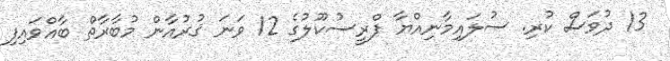
13 ދުވަސް ކުރި. ސުލައިމާނިއްޔާ ޕްރީސުކޫލުގެ 12 ވަނަ ޤުރުއާން މުބާރާތް ބާއްވައިފި